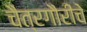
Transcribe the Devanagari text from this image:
चैत्रगौरीचे